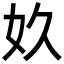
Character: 奺